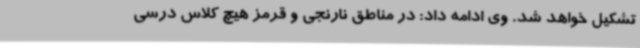
تشکیل خواهد شد. وی ادامه داد: در مناطق نارنجی و قرمز هیچ کلاس درسی